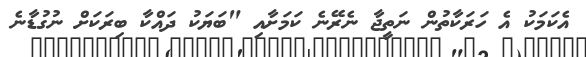
އެކަމަކު އެ ހަރަކާތުން ނަތީޖާ ނެރޭނެ ކަމަށާއި "ބަޔަކު ދައްކާ ބިރަކަށް ނުގުޑާނެ